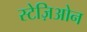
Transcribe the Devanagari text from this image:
स्टेज़िओन